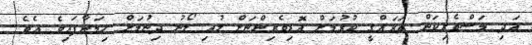
އަދި މަސްވެރިކަން ތަރައްގީ ކުރުމަށް އޮޑިވެރިންނަށް ލުއި ލޯނު ދިނުމަށް ހިމަނާފައިވެ އެވެ.